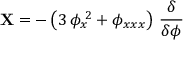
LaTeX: { \bf X } = - \left( 3 \, \phi _ { x } ^ { \; 2 } + \phi _ { x x x } \right) \, \frac { \delta } { \delta \phi }